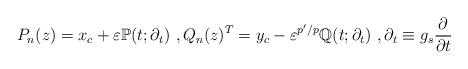
LaTeX: \begin{align*}\begin{aligned}P_n(z)=x_c+\varepsilon\mathbb{P}(t;\partial_t)\ , Q_n(z)^T=y_c-\varepsilon^{p'/p}\mathbb{Q}(t;\partial_t)\ ,\partial_t\equiv g_s\frac{\partial}{\partial t}\end{aligned}\end{align*}